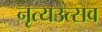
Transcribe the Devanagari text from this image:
नृत्यउत्सव